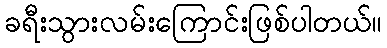
ခရီးသွားလမ်းကြောင်းဖြစ်ပါတယ်။